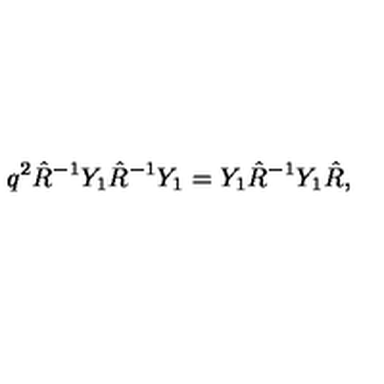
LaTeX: q ^ { 2 } \hat { R } ^ { - 1 } Y _ { 1 } \hat { R } ^ { - 1 } Y _ { 1 } = Y _ { 1 } \hat { R } ^ { - 1 } Y _ { 1 } \hat { R } ,